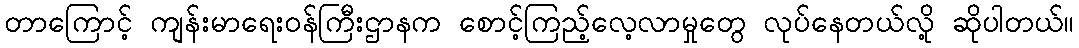
တာကြောင့် ကျန်းမာရေးဝန်ကြီးဌာနက စောင့်ကြည့်လေ့လာမှုတွေ လုပ်နေတယ်လို့ ဆိုပါတယ်။